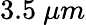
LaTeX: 3.5\ \mu m